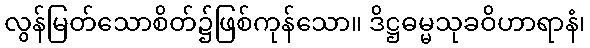
လွန်မြတ်သောစိတ်၌ဖြစ်ကုန်သော။ ဒိဋ္ဌဓမ္မသုခဝိဟာရာနံ၊